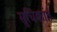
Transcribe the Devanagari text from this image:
सुचिकांत